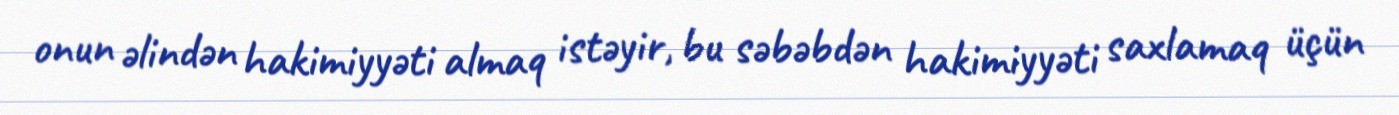
onun əlindən hakimiyyəti almaq istəyir, bu səbəbdən hakimiyyəti saxlamaq üçün